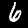
Digit: 6